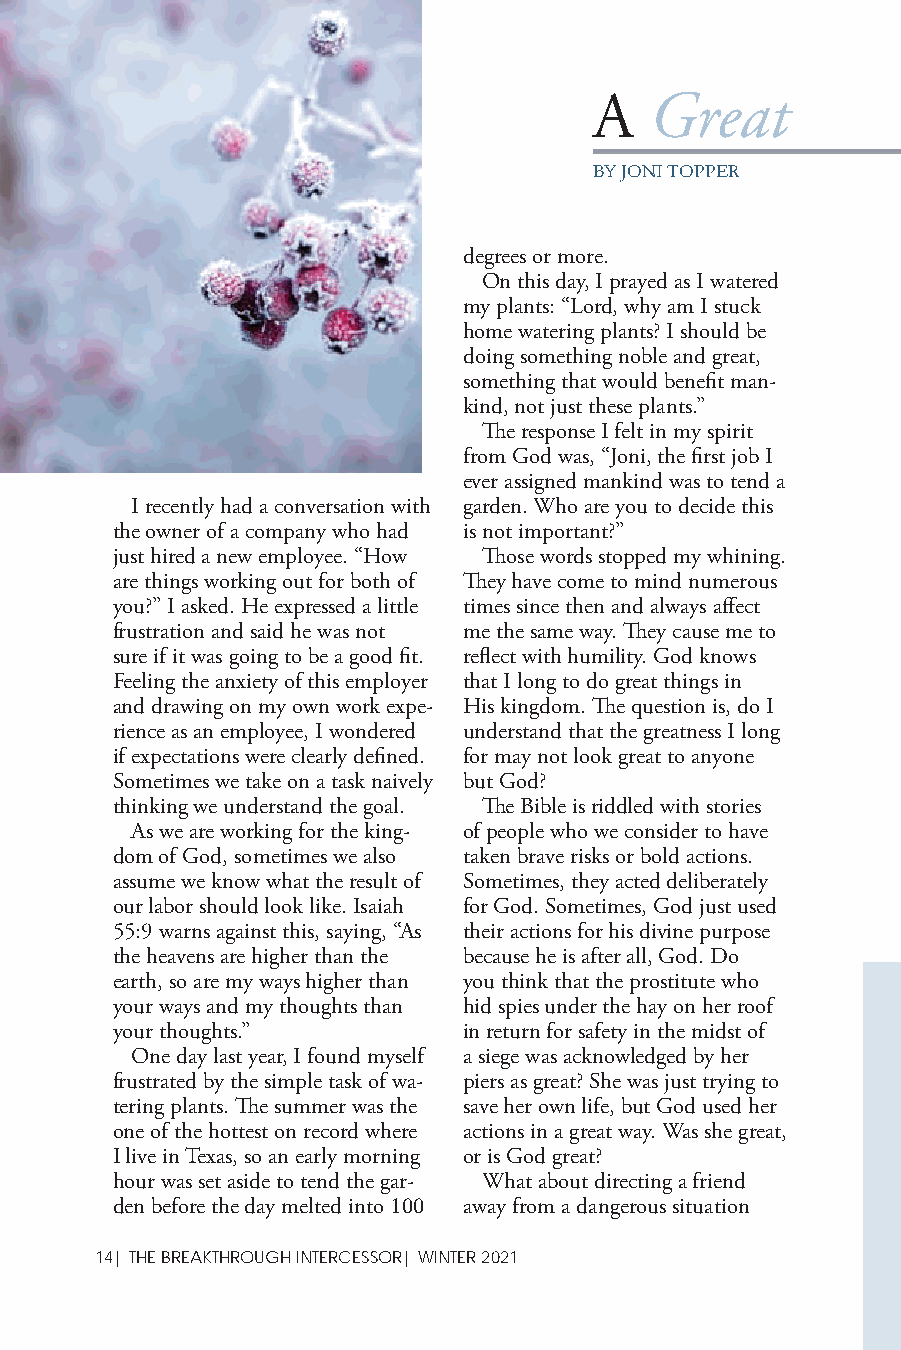
A   Great
 BY JONI TOPPER
 degrees or more.
 On this day, I prayed as I watered
 my plants: “Lord, why am I stuck
 home watering plants? I should be
 doing something noble and great,
 something that would benefi t man-
 kind, not just these plants.”
 Th e response I felt in my spirit
 from God was, “Joni, the fi rst job I
 ever assigned mankind was to tend a
 I recently had a conversation with garden. Who are you to decide this
 the owner of a company who had is not important?”
 just hired a new employee. “How Th ose words stopped my whining.
 are things working out for both of Th ey have come to mind numerous
 you?” I asked. He expressed a little times since then and always aff ect
 frustration and said he was not me the same way. Th ey cause me to
 sure if it was going to be a good fi t. refl ect with humility. God knows
 Feeling the anxiety of this employer that I long to do great things in
 and drawing on my own work expe- His kingdom. Th e question is, do I
 rience as an employee, I wondered understand that the greatness I long
 if expectations were clearly defi ned. for may not look great to anyone
 Sometimes we take on a task naively but God?
 thinking we understand the goal. Th e Bible is riddled with stories
 As we are working for the king- of people who we consider to have
 dom of God, sometimes we also taken brave risks or bold actions.
 assume we know what the result of Sometimes, they acted deliberately
 our labor should look like. Isaiah for God. Sometimes, God just used
 55:9 warns against this, saying, “As their actions for his divine purpose
 the heavens are higher than the because he is after all, God. Do
 earth, so are my ways higher than you think that the prostitute who
 your ways and my thoughts than hid spies under the hay on her roof
 your thoughts.”         in return for safety in the midst of
 One day last year, I found myself a siege was acknowledged by her
 frustrated by the simple task of wa- piers as great? She was just trying to
 tering plants. Th e summer was the save her own life, but God used her
 one of the hottest on record where actions in a great way. Was she great,
 I live in Texas, so an early morning or is God great?
 hour was set aside to tend the gar- What about directing a friend
 den before the day melted into 100 away from a dangerous situation
 14| THE BREAKTHROUGH INTERCESSOR| WINTER 2021